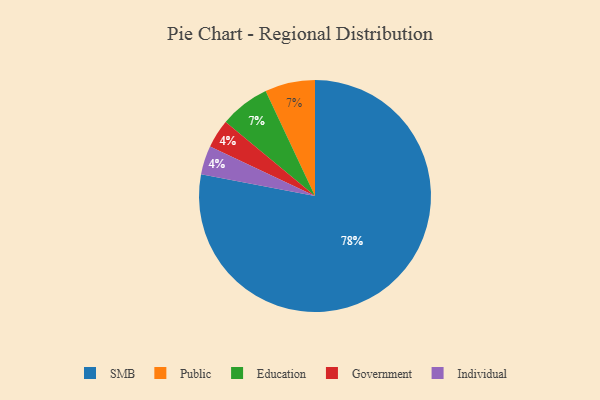
{"axis": {"x": "Category", "y": "Percentage"}, "legend": ["Education", "Government", "Individual", "Public", "SMB"], "data": [{"x": "Government", "y": 4, "type": "Government"}, {"x": "Public", "y": 7, "type": "Public"}, {"x": "Individual", "y": 4, "type": "Individual"}, {"x": "Education", "y": 7, "type": "Education"}, {"x": "SMB", "y": 78, "type": "SMB"}]}